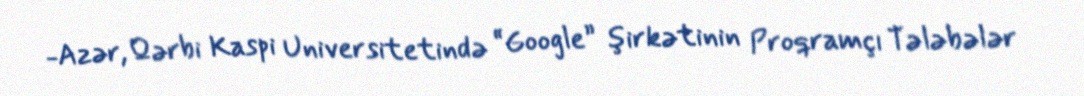
-Azər, Qərbi Kaspi Universitetində “Google” şirkətinin Proqramçı Tələbələr